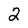
Character: 2